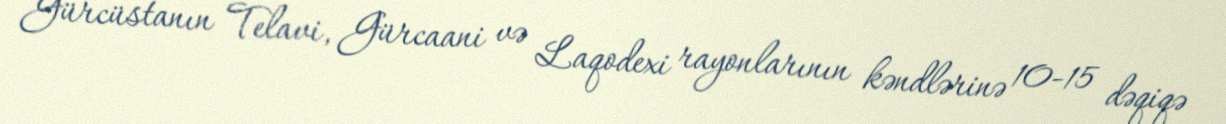
Gürcüstanın Telavi, Gürcaani və Laqodexi rayonlarının kəndlərinə 10-15 dəqiqə